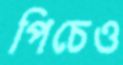
পিচেও